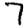
Digit: 7